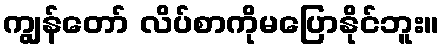
ကျွန်တော် လိပ်စာကိုမပြောနိုင်ဘူး။